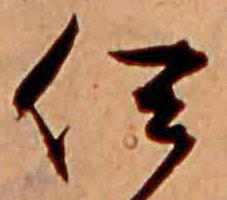
伊